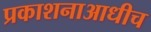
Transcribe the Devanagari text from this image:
प्रकाशनाआधीच